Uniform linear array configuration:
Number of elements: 16
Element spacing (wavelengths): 0.25
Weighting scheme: exponential
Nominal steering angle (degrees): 0
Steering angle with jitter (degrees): -0.3047
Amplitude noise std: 0.05
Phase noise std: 0.05

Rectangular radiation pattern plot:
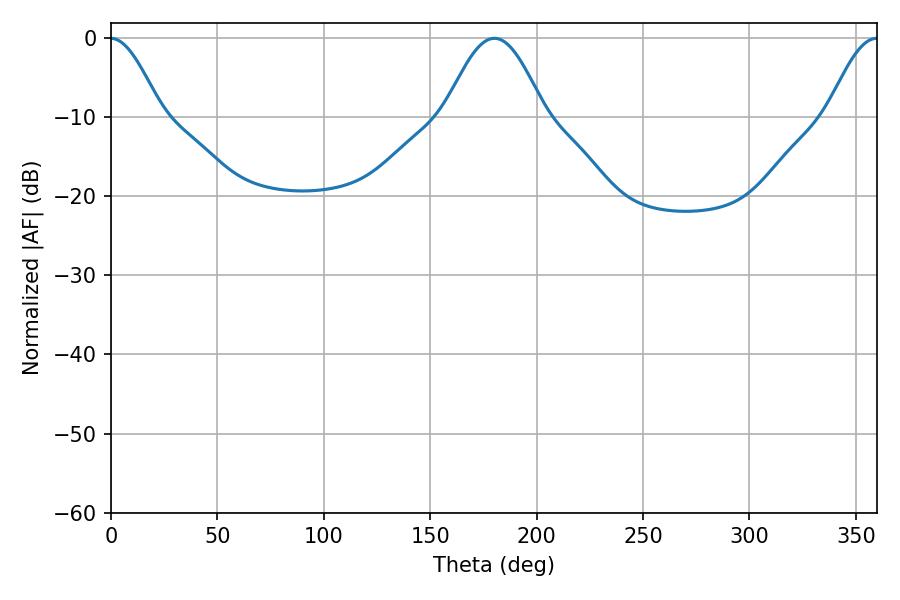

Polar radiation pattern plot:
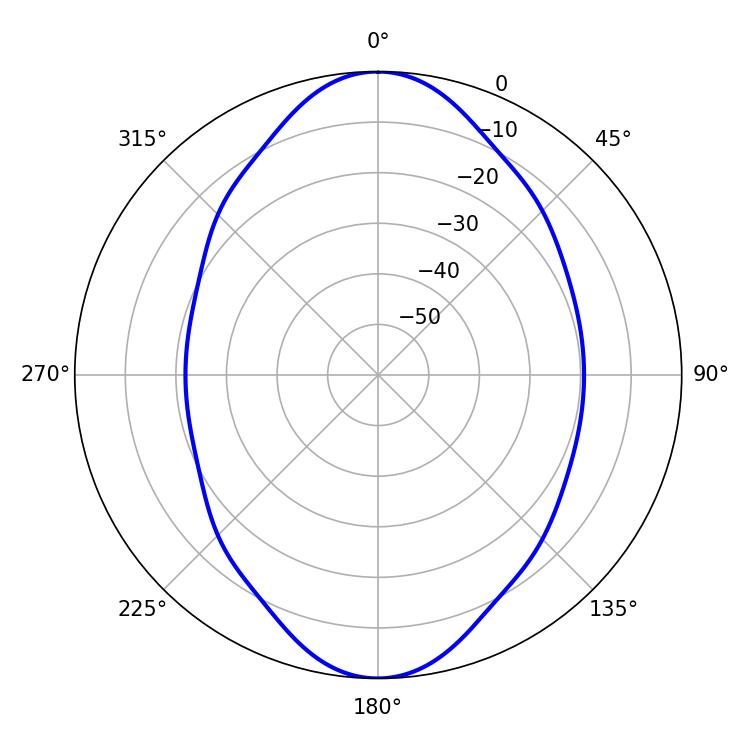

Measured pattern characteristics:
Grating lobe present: FALSE
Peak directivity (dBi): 22.574
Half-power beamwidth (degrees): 25.2
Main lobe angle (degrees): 180.18